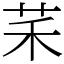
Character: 䒩